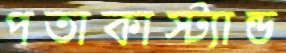
পতাকাস্ট্যান্ড